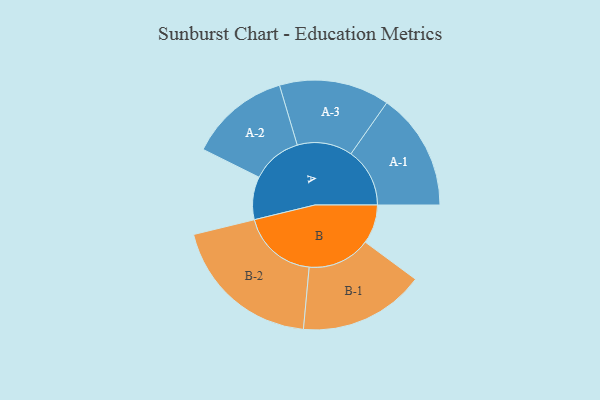
{"axis": {"x": "Segment", "y": "Value"}, "legend": ["", "A", "B"], "data": [{"x": "A", "y": 132, "type": ""}, {"x": "B", "y": 120, "type": ""}, {"x": "A-1", "y": 181, "type": "A"}, {"x": "A-2", "y": 155, "type": "A"}, {"x": "A-3", "y": 170, "type": "A"}, {"x": "B-1", "y": 194, "type": "B"}, {"x": "B-2", "y": 234, "type": "B"}]}